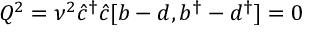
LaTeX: Q ^ { 2 } = { \nu } ^ { 2 } \hat { c } ^ { \dagger } \hat { c } [ b - d , b ^ { \dagger } - d ^ { \dagger } ] = 0